65_HS1-834228961_62-HQ-83894_Serial_164
Agency: FBI
Page 88
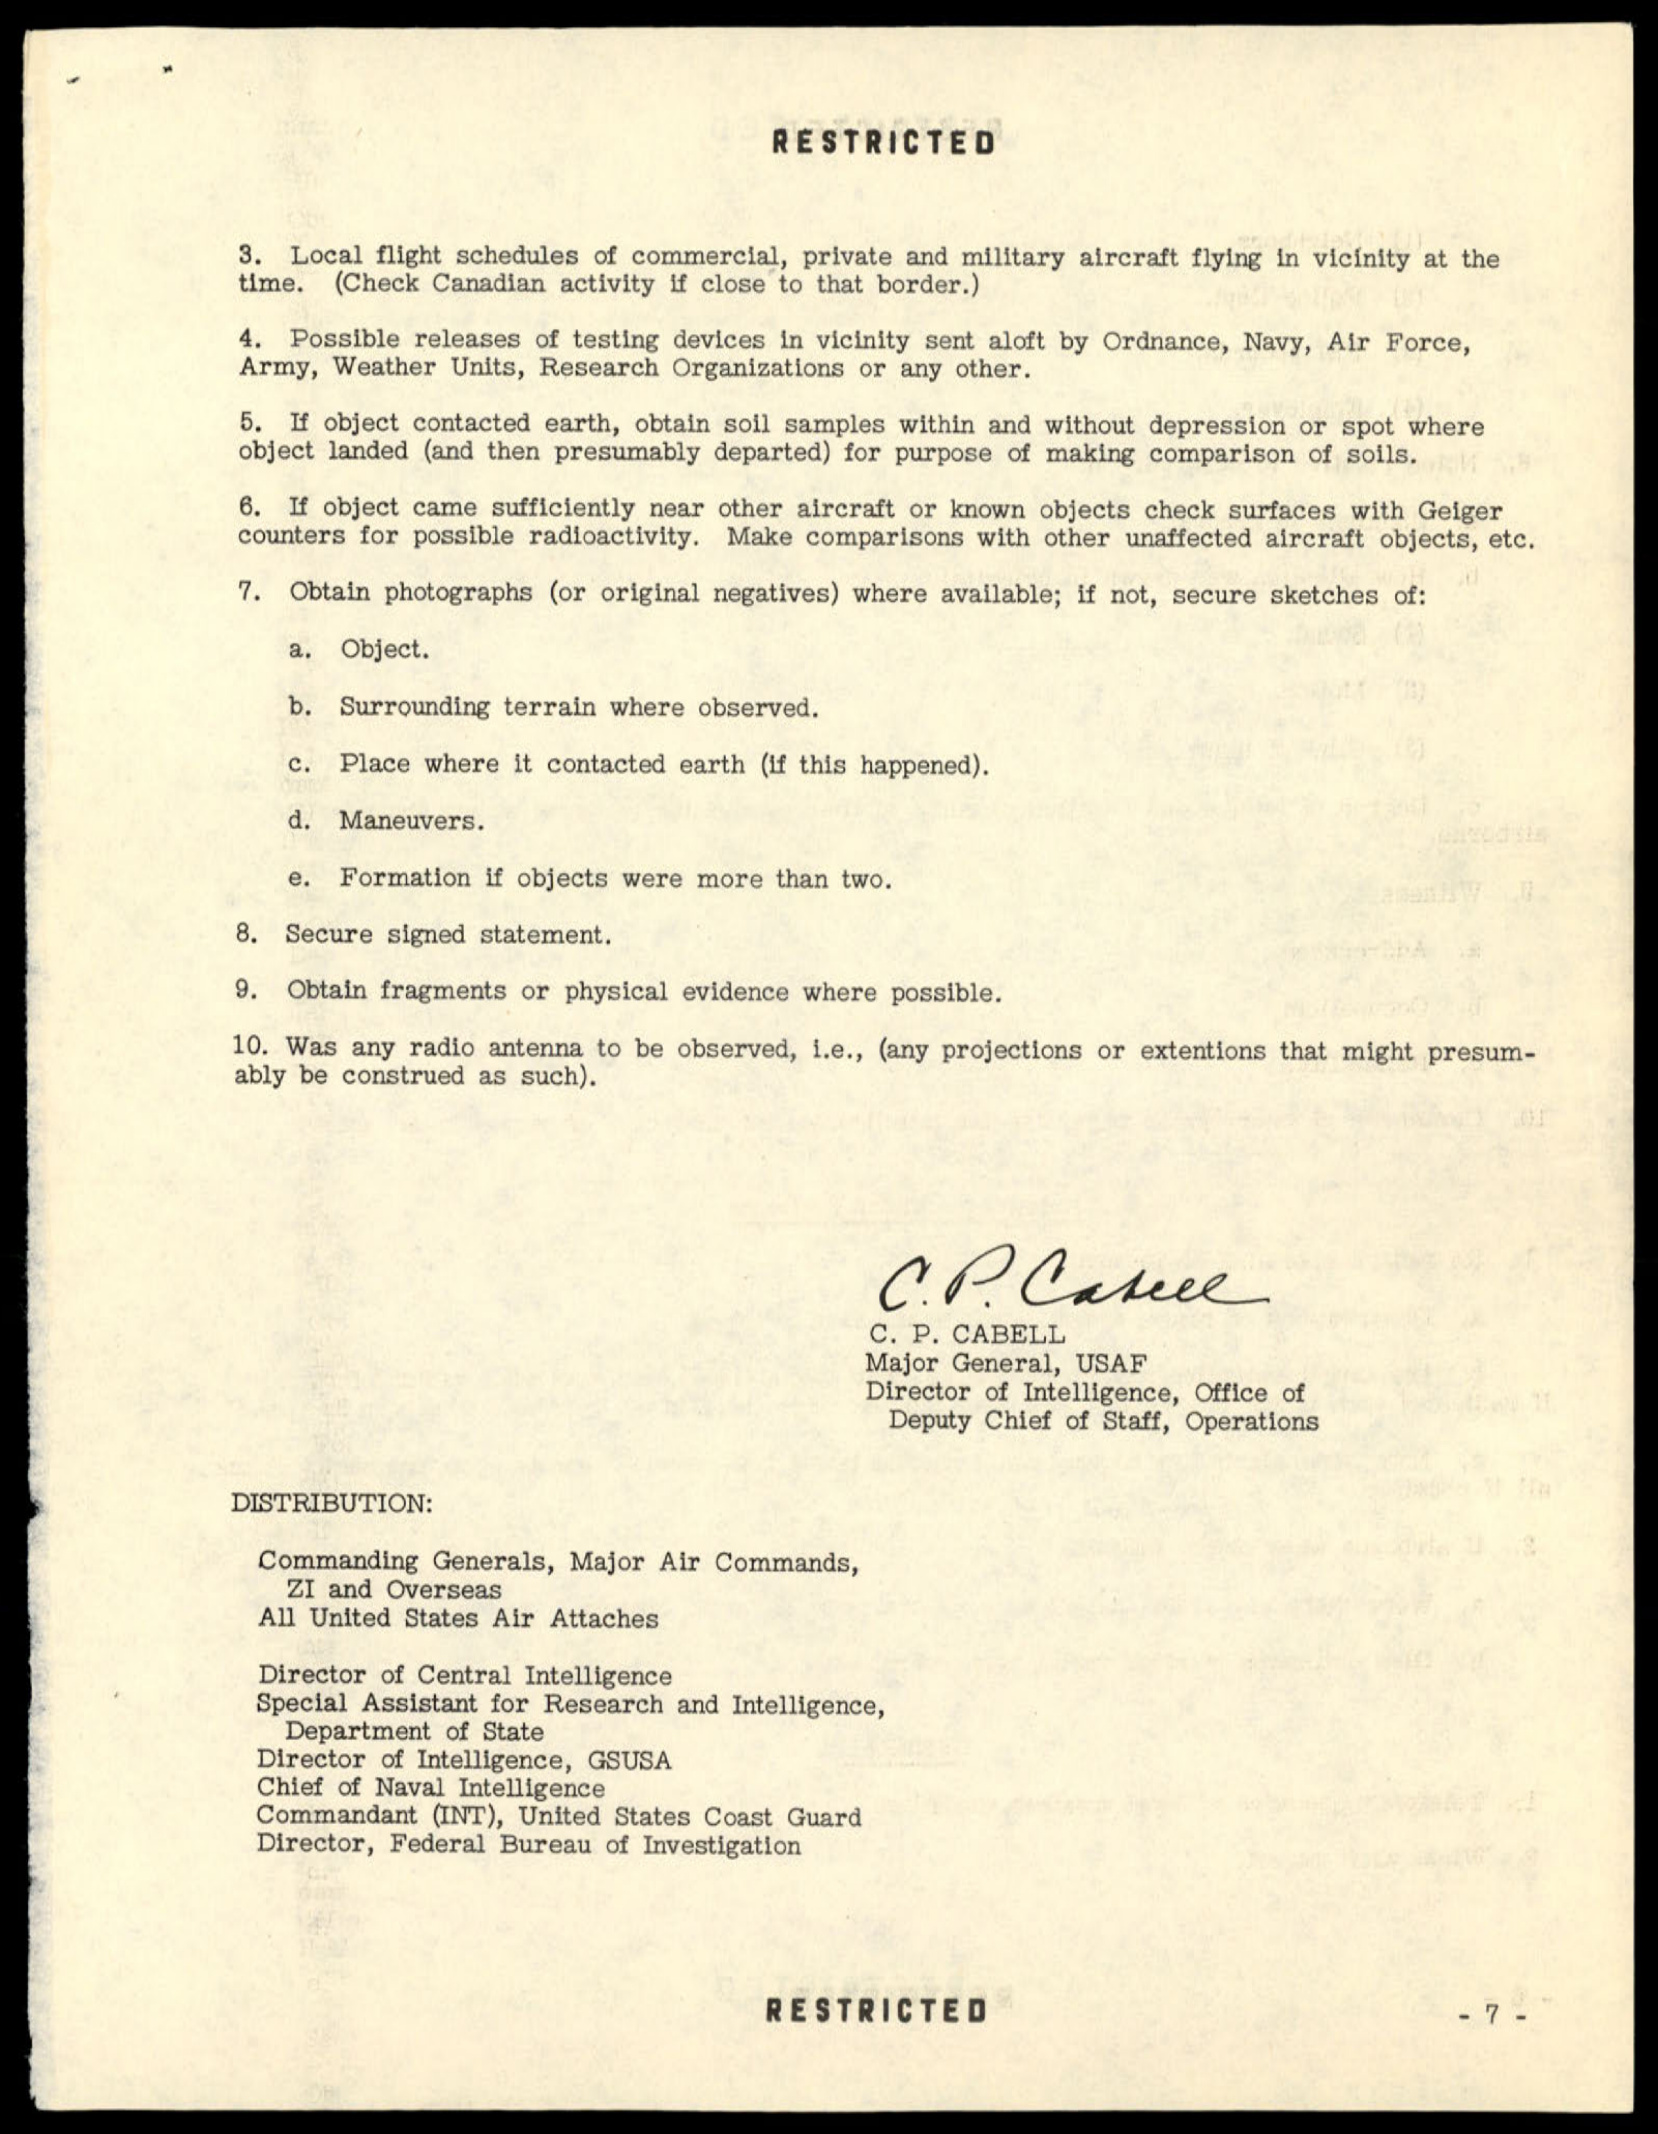